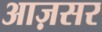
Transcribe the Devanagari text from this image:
आज़सर